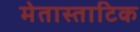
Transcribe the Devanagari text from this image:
मेतास्ताटिक